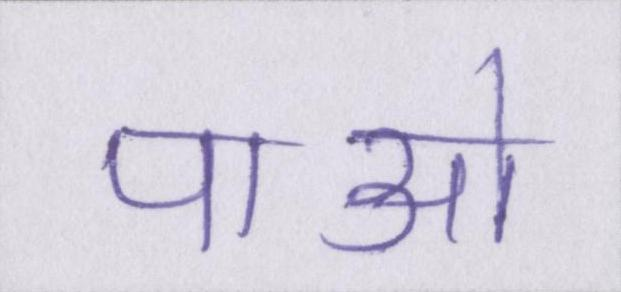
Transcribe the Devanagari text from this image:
पाओ